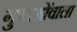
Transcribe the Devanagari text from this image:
गुफाओंवाला